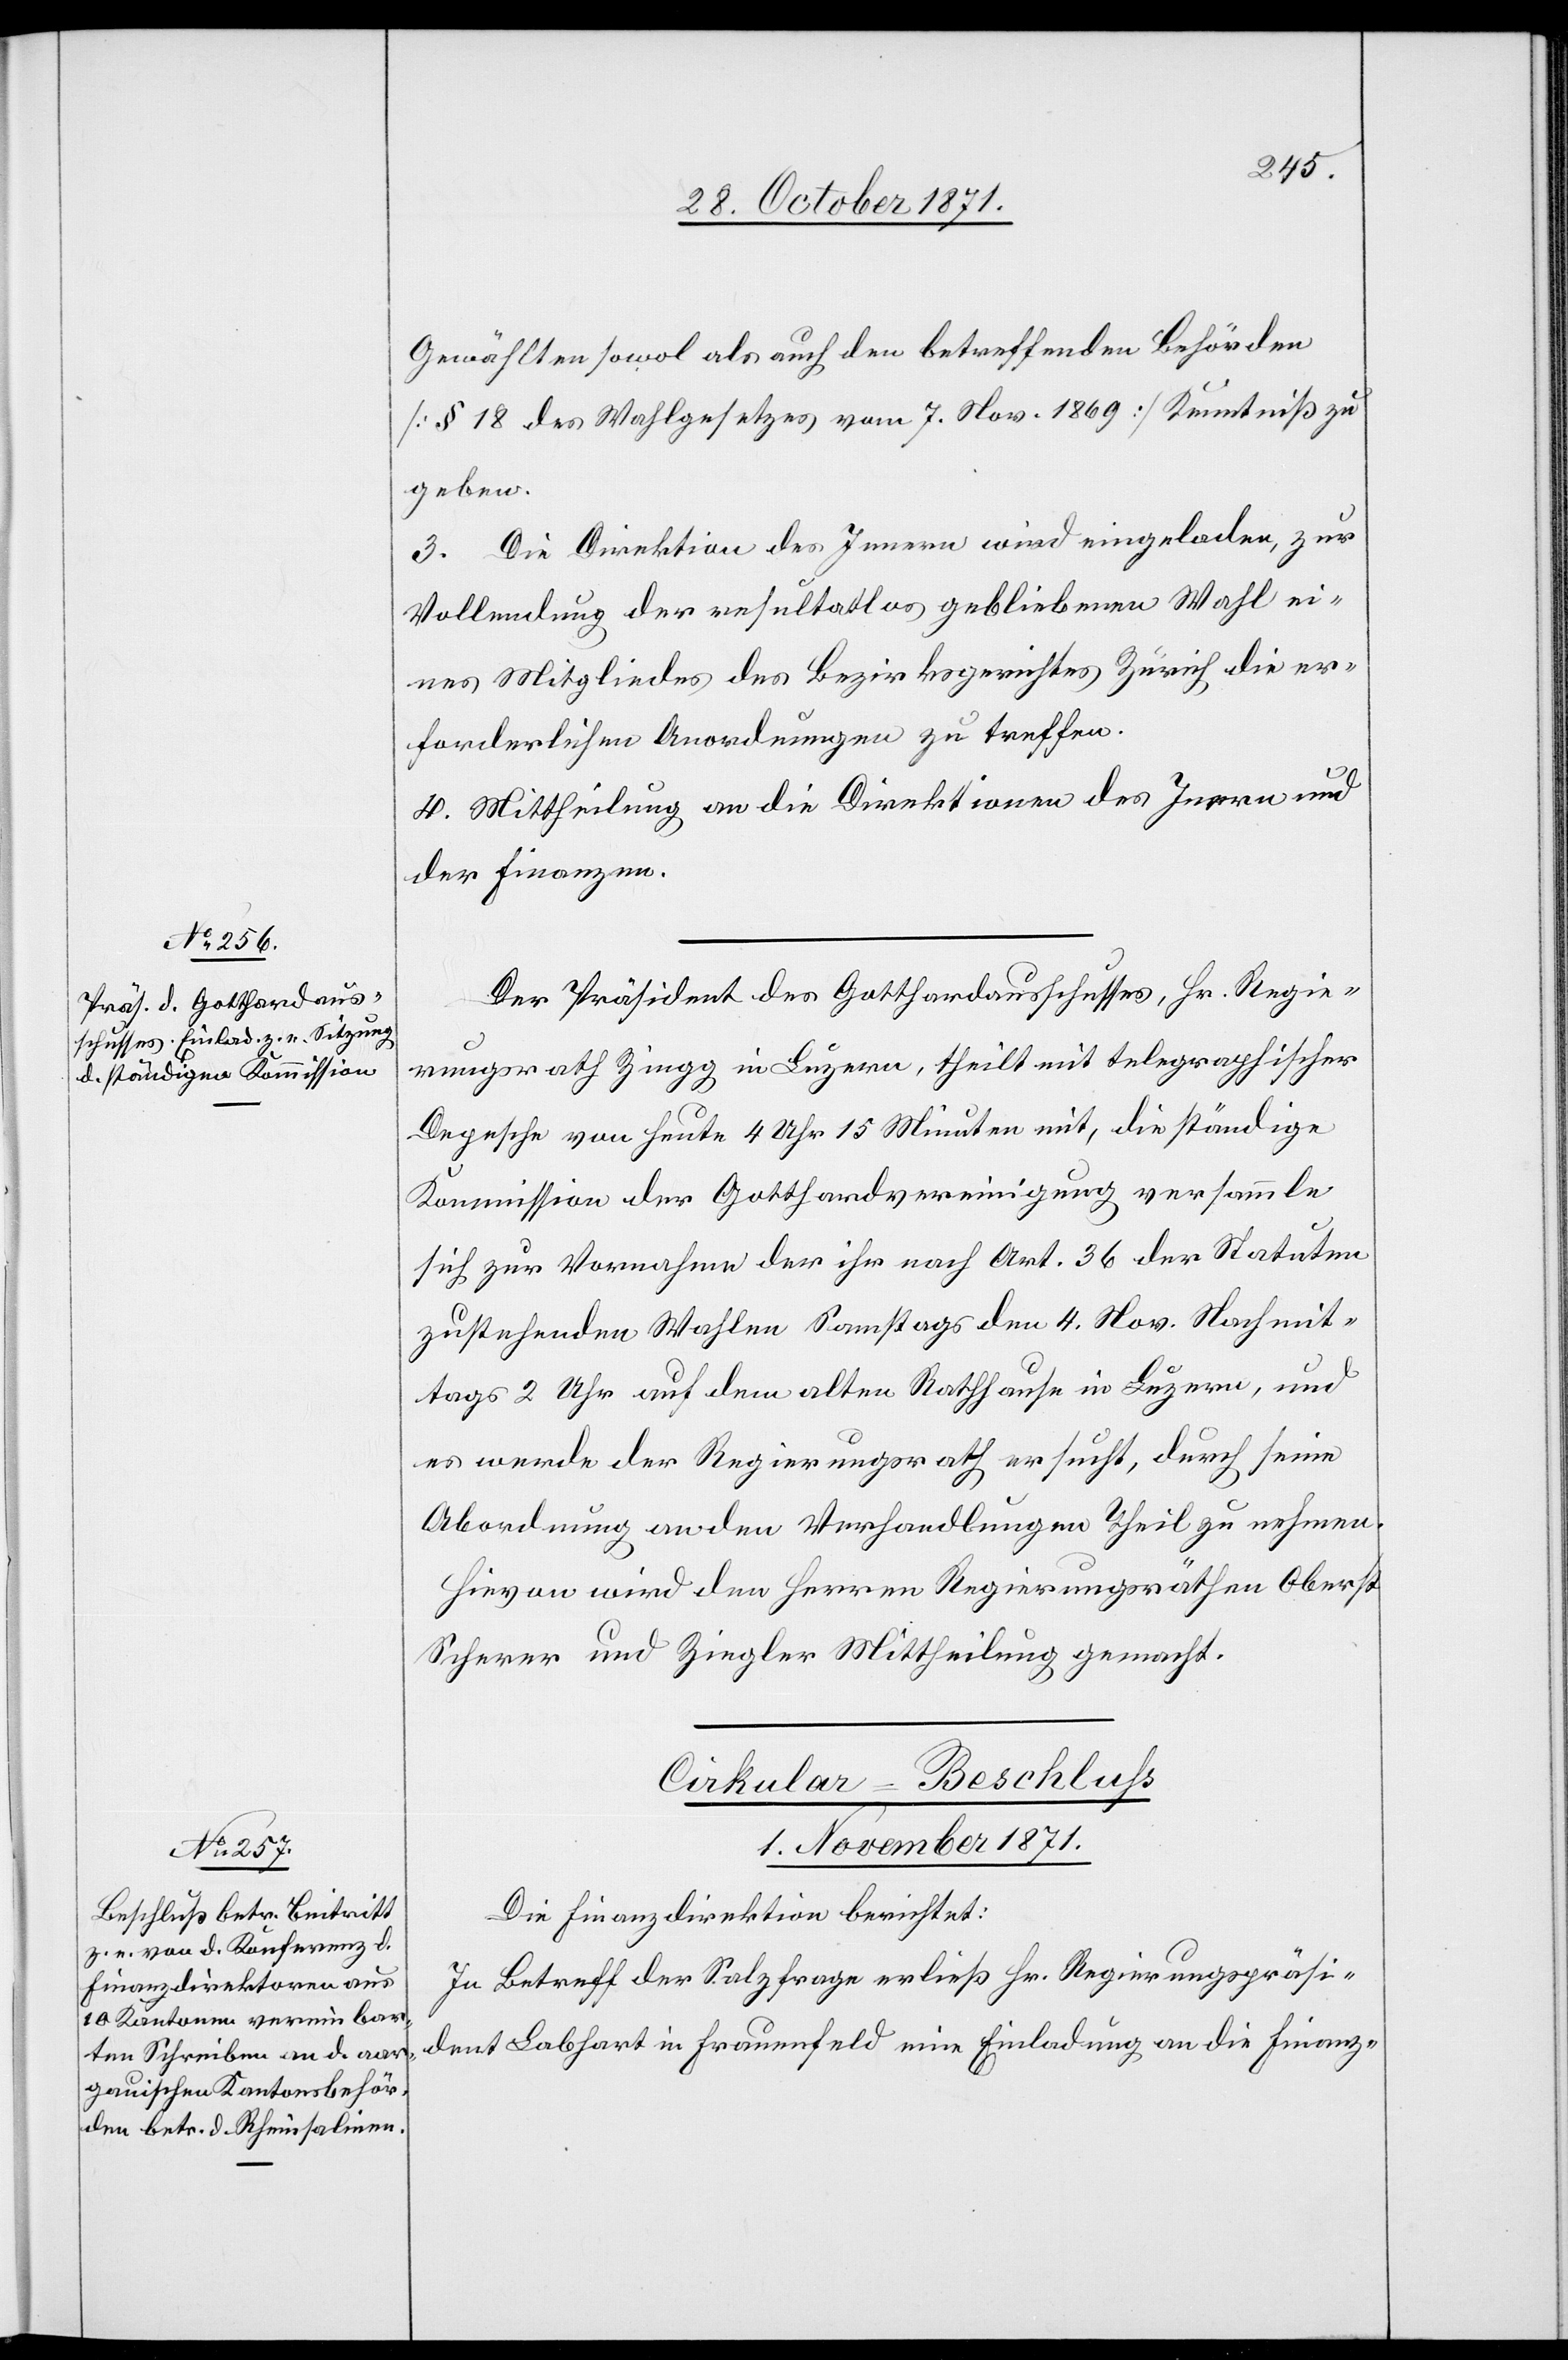
Gewählten sowol als auch den betreffenden Behörden
[§ 18 des Wahlgesetzes vom 7. Nov. 1869] Kenntniß zu
geben.
3. Die Direktion des Innern wird eingeladen, zur
Vollendung der resultatlos gebliebenen Wahl ei¬
nes Mitgliedes des Bezirksgerichtes Zürich die er¬
forderlichen Anordnungen zu treffen.
4. Mittheilung an die Direktionen des Innern und
der Finanzen.
Der Präsident des Gotthardausschusses, Hr. Regie¬
rungsrath Zingg in Luzern, theilt mit telegraphischer
Depesche von heute 4 Uhr 15 Minuten mit, die ständige
Kommission der Gotthardvereinigung versammle
sich zur Vornahme der ihr nach Art. 36 der Statuten
zustehenden Wahlen Samstags den 4. Nov. Nachmit¬
tags 2 Uhr auf dem alten Rathhause in Luzern, und
es werde der Regierungsrath ersucht, durch seine
Abordnung an den Verhandlungen Theil zu nehmen.
Hievon wird den Herren Regierungsräthen Oberst
Scherer und Ziegler Mittheilung gemacht.
Cirkular-Beschluss
1. November 1871.
Die Finanzdirektion berichtet:
In Betreff der Salzfrage erließ Hr. Regierungspräsi¬
dent Labhart in Frauenfeld eine Einladung an die Finanz-